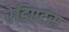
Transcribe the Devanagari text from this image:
रेडिएटस